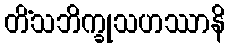
တိံသဘိက္ခုသဟဿာနိ